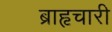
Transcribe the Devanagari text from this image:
ब्राहृचारी